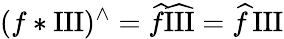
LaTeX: (f*\operatorname{III})^{\wedge}={\widehat{f}}{\widehat{\operatorname{III}}}={\widehat{f}}\operatorname{III}